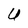
Character: U